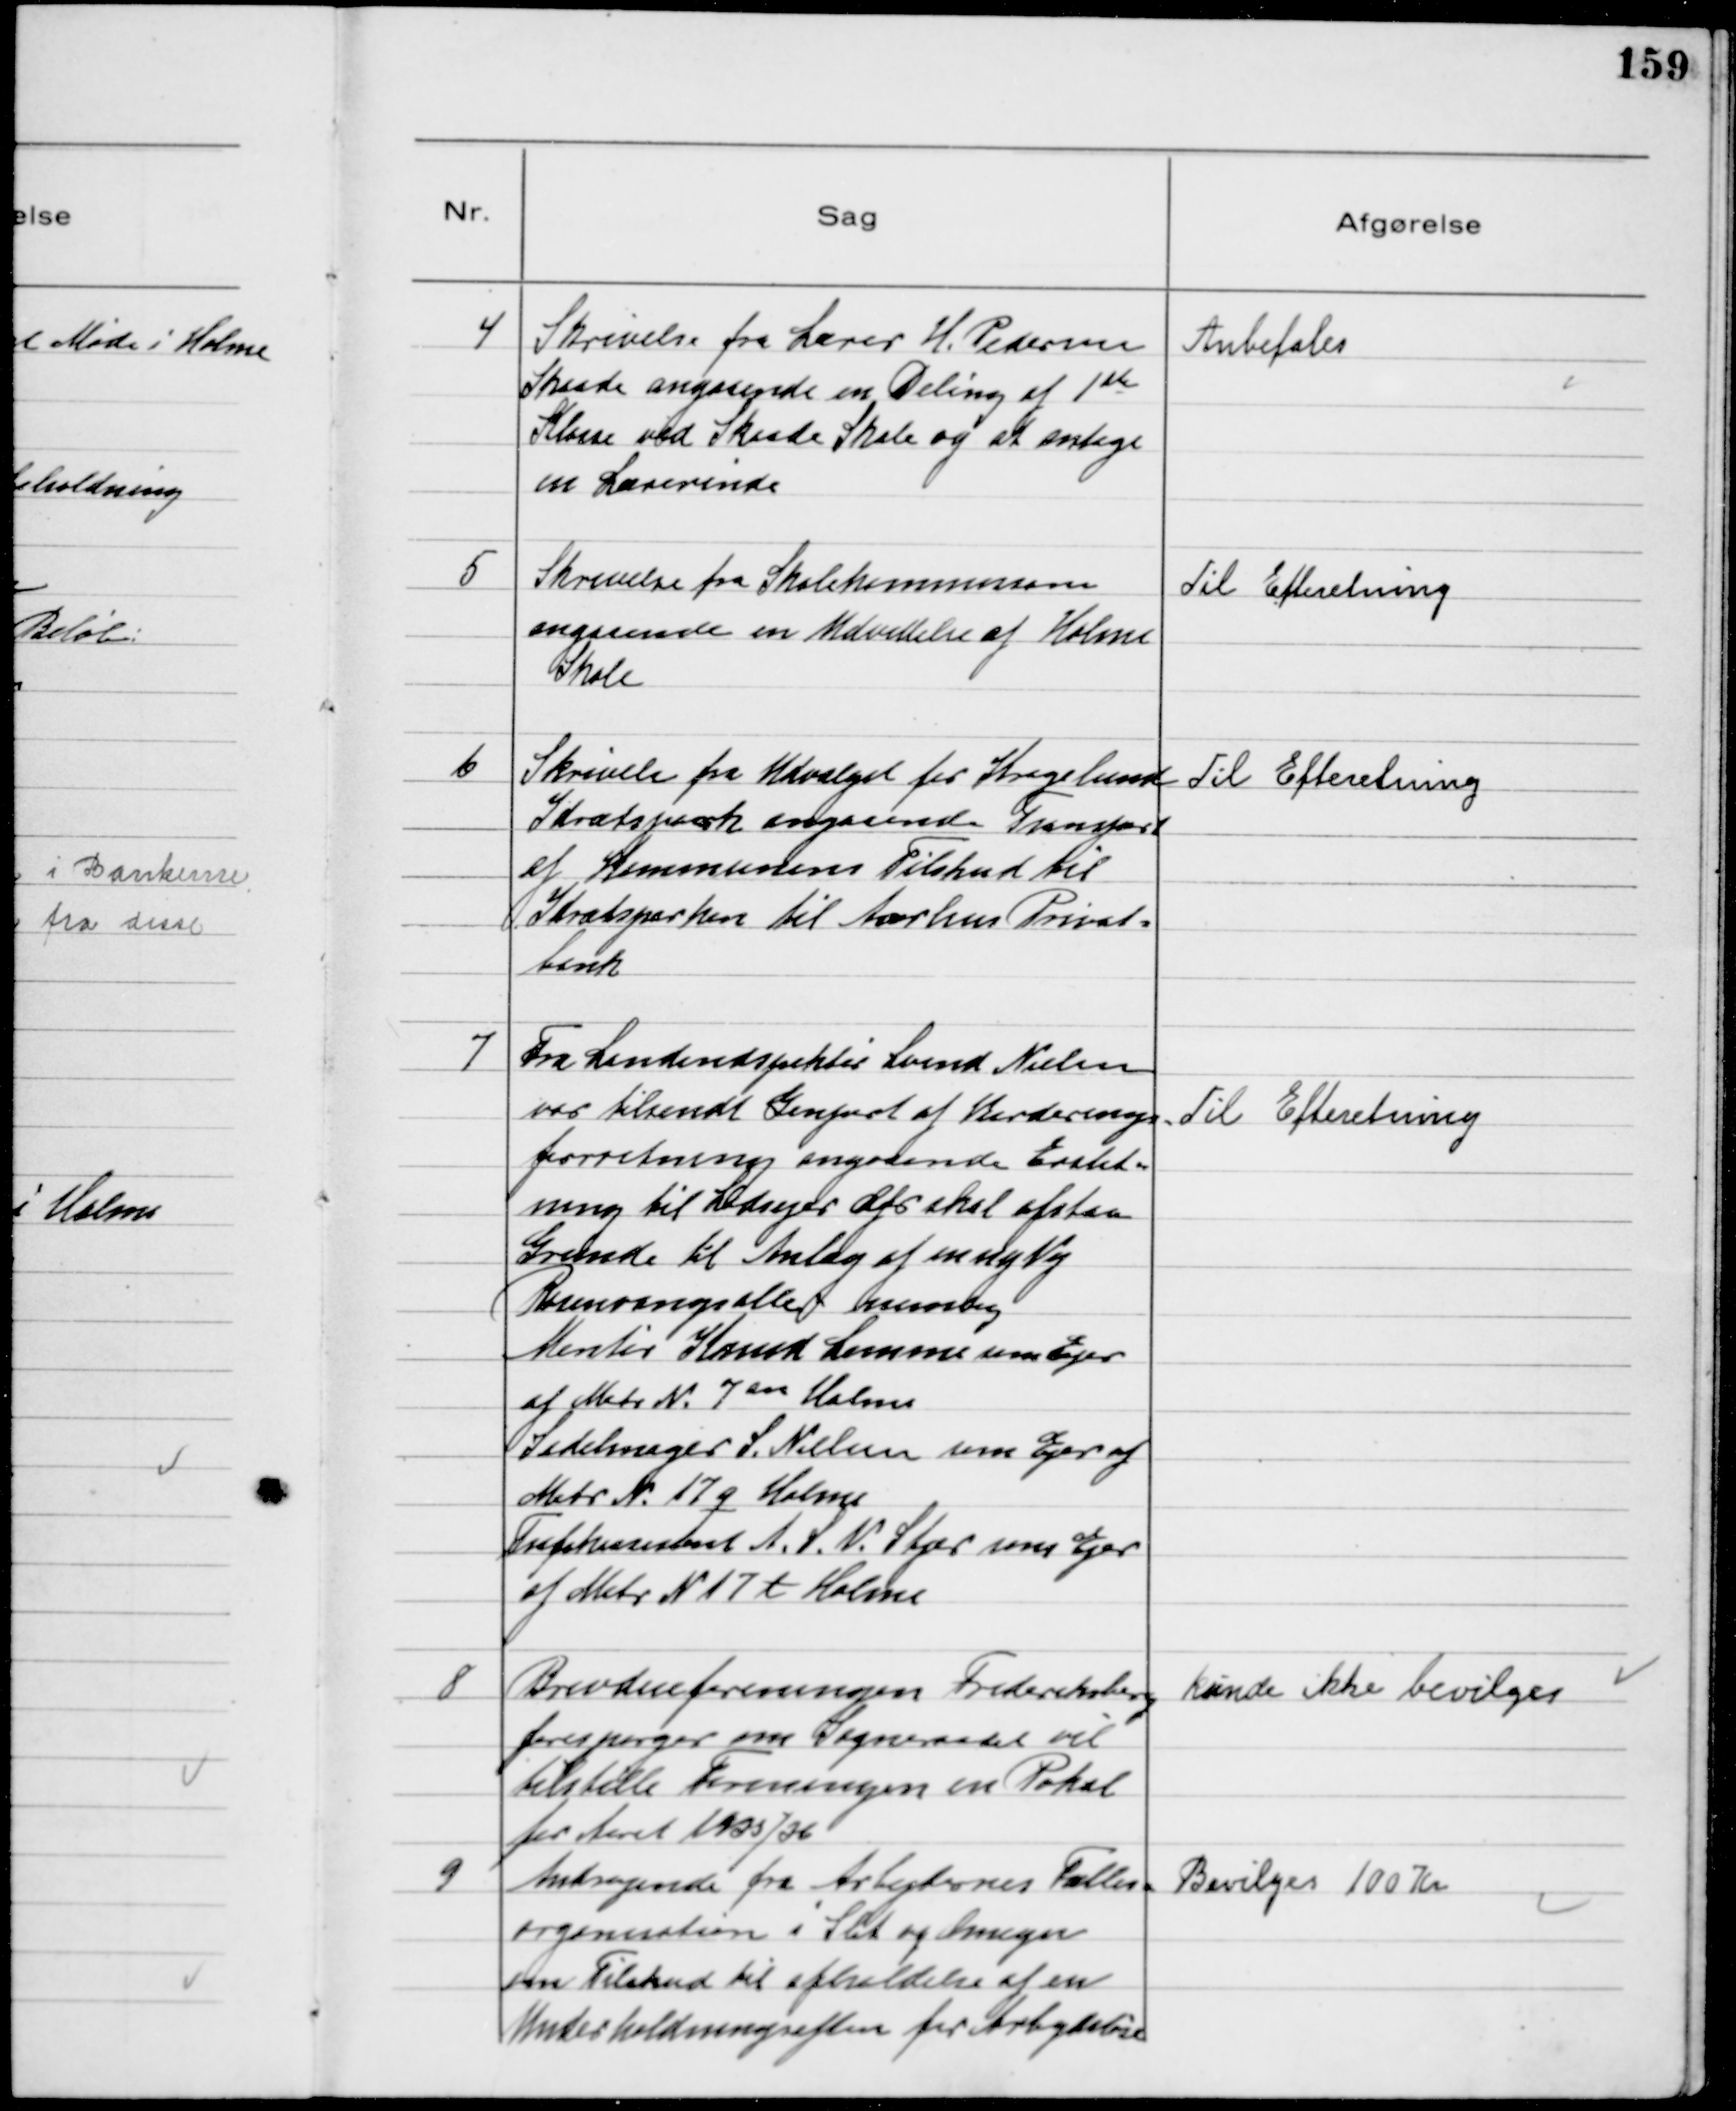
Transskription:
4
Skrivelse fra Lærer H. Pedersen
Skaade angaaende en Deling af 1ste
Klasse ved Skaade Skole og at antage
en Lærerinde

Anbefales

5
Skrivelse fra Skolekommissionen
angaaende en Udvidelse af Holme
Skole

Til Efteretning

6
Skrivelse fra Udvalget for Kragelund
Idrætspark angaaende Transport
af Kommunens Tilskud til
Idrætsparken til Aarhus Privat=
bank

Til Efteretning

7
Fra Landindspektør Svend Nielsen
var tilsendt Genpart af Vurderings-
forretning angaaende Erstat=
ning til Lodsejer der skal afstaa
Grunde til Anlæg af en ny Vej
Rosenvangsalle nemlig
Montør Knud Lemme som Ejer
af Matr № 7 an Holme
Sadelmager S. Nielsen som Ejer af
Matr № 17 q Holme
Trafikassistent A. S. V. Stjær som Ejer
af Matr N 17 t Holme
Til Efteretning

8
Brevdueforeningen Frederiksberg
forespørger om Sogneraadet vil
tilstille Foreningen en Pokal
for Aaret 1935/36

kunde ikke bevilges

9
Andragende fra Arbejdernes Fælles=
organisation i Slet og Omegn
om Tilskud til afholdelse af en
Underholdningsaften for Arbejdsløse

Bevilges 100 Kr